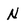
Character: N